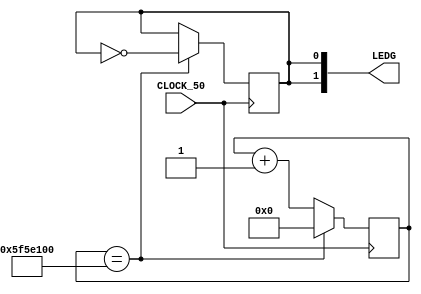
module PiscaLed (
	input CLOCK_50,
	output [1:0] LEDG
);

	reg [32:0] counter;
	reg state;

	assign LEDG[0] = state;
	assign LEDG[1] = state;

	always @ (posedge CLOCK_50) begin
    	counter <= counter + 1;
		if(counter == 100000000) begin
			state <= ~state;
			counter <= 0;
		end
	end

endmodule